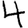
Digit: 4